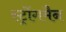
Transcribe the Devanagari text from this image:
स्ट्रोंगमैन